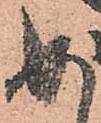
め